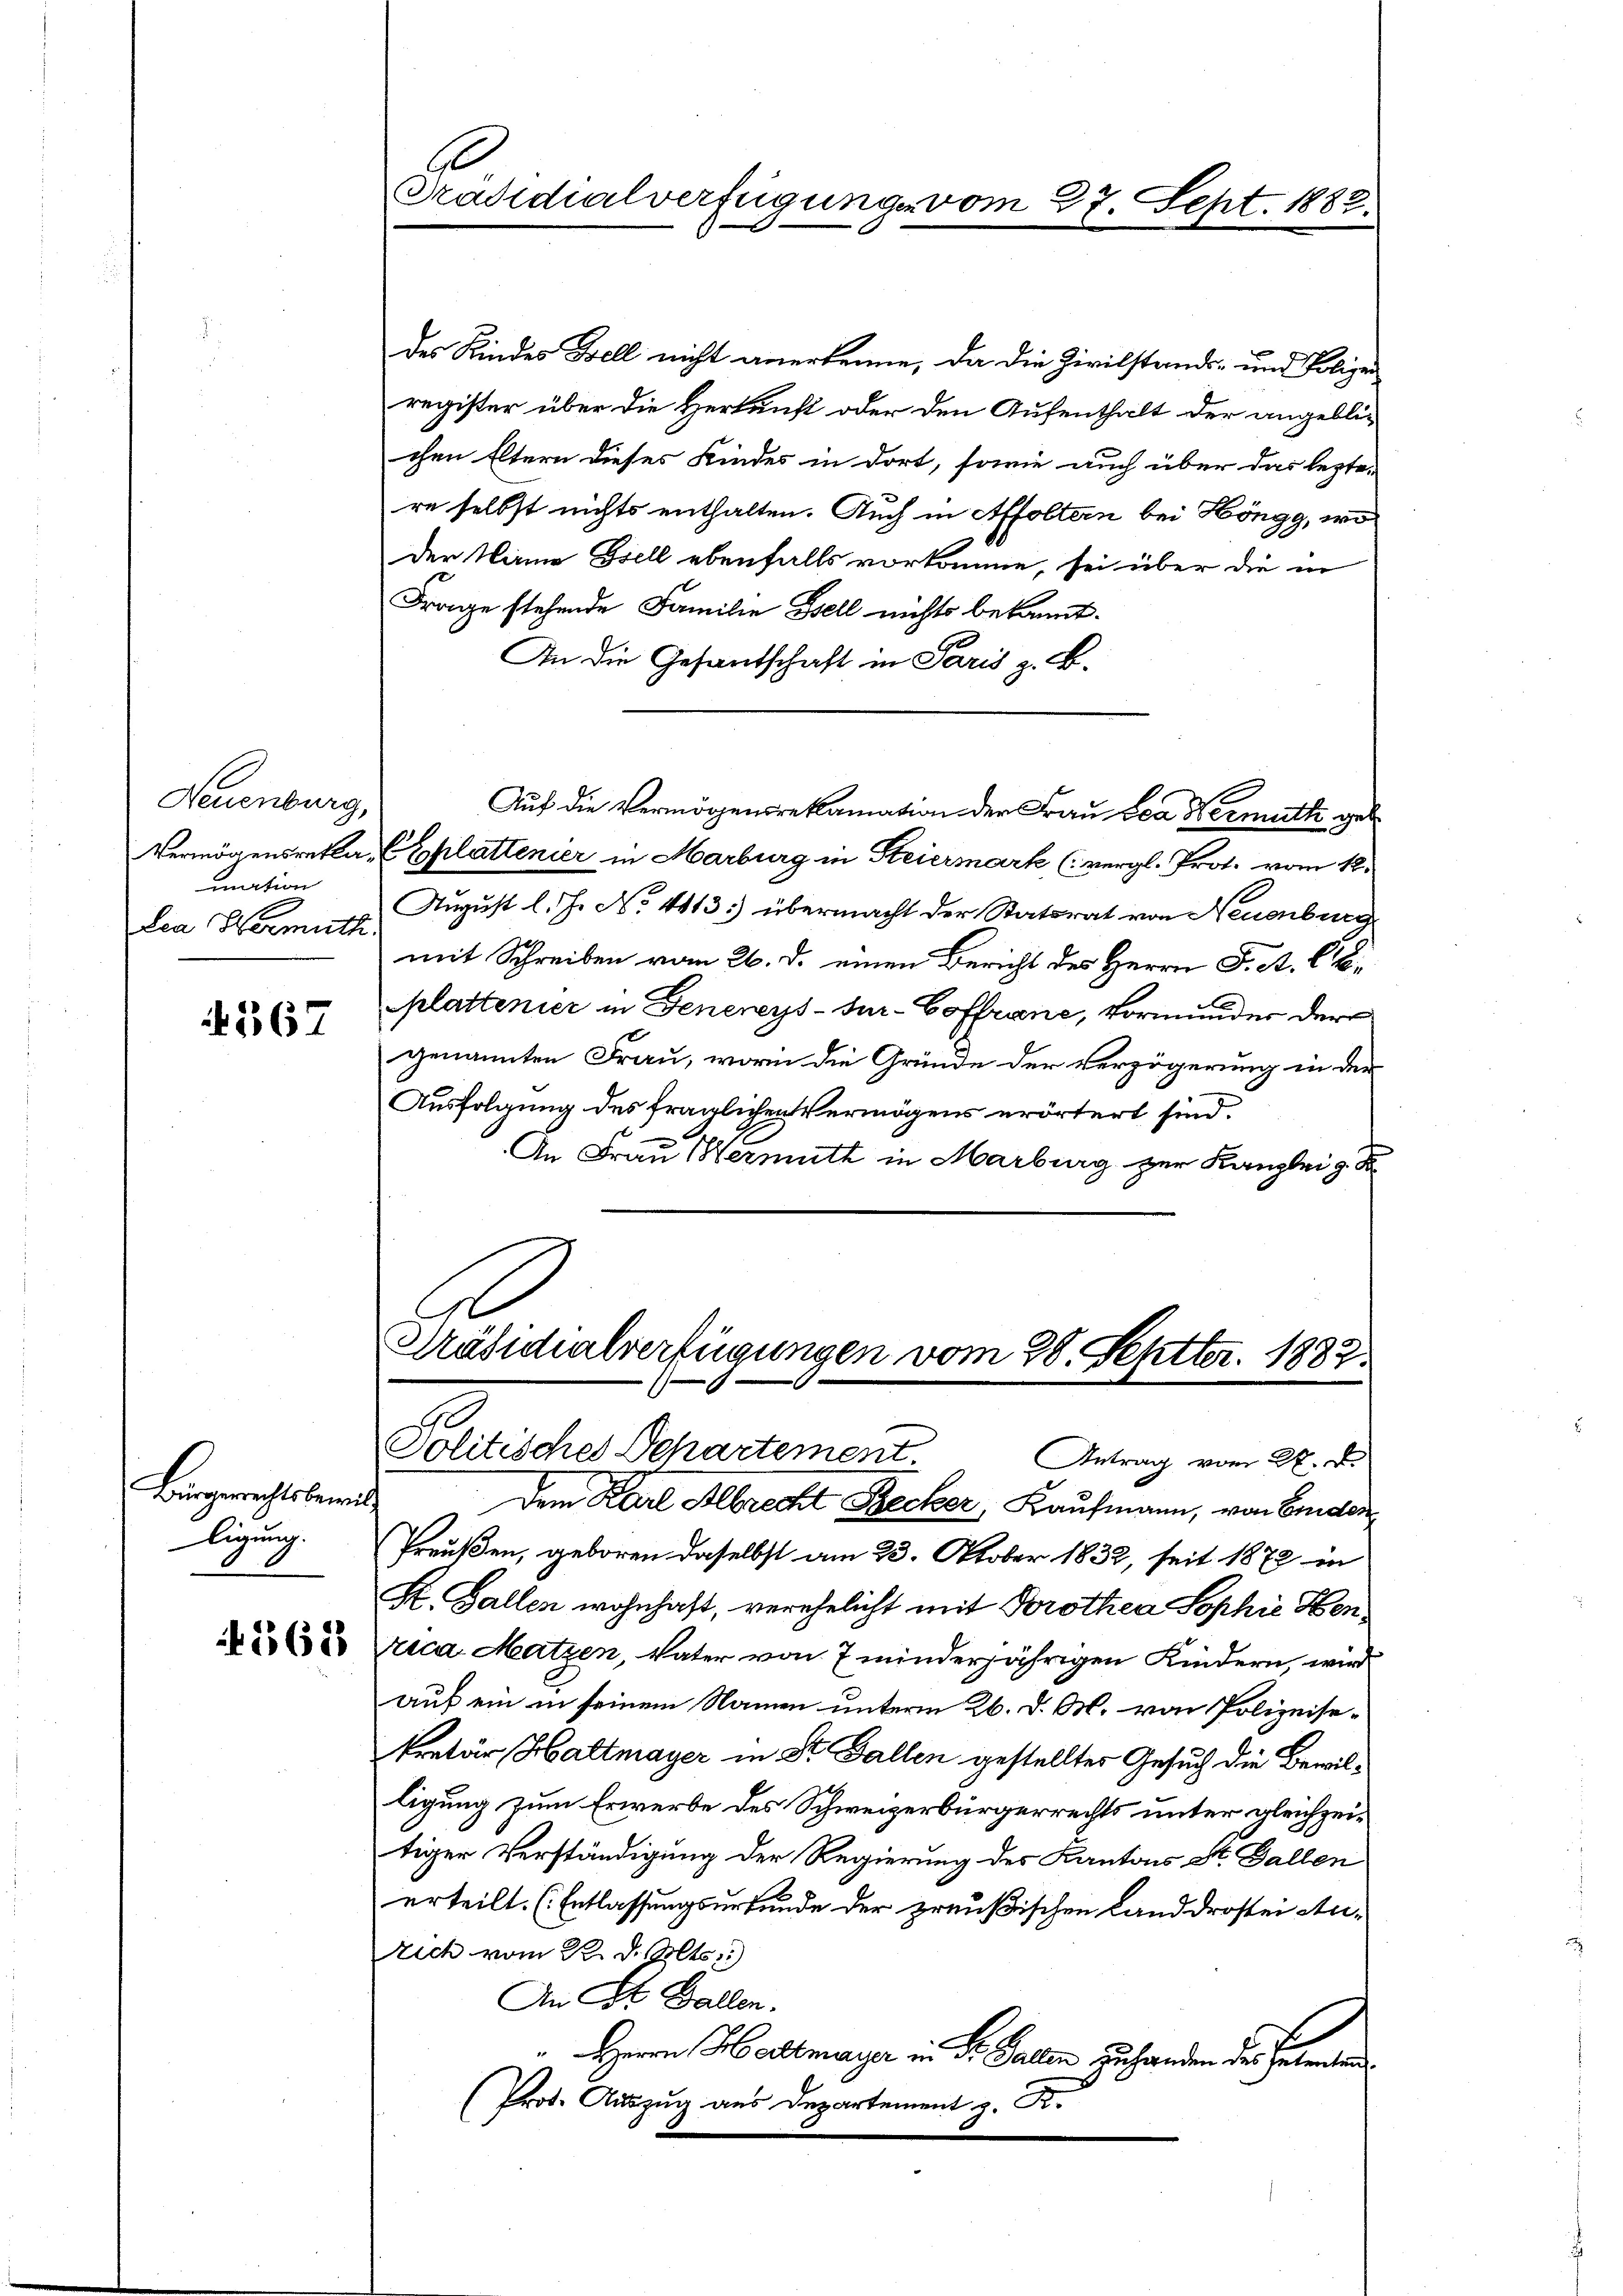
Neuenburg,
mation
Lea Hermuth.

4567

Bürgerrechtsbewill
ligung.

A 1562

Präsidialverfügung vom 27. Sept. 1882.

des Kindes Fell nicht anerkenne, da die Zivilstands- und Polizei
register über die Herkunft oder den Aufenthalt der angeblichen Eltern dieses Kindes in dort, sowie auch über das lezte-
re selbst nichts enthalten. Auch in Affoltern bei Höngg, wo
der Name Esell ebenfalls vorkomme, sei über die in
Frage stehende Familie Bell nichts bekannt.
An die Gesandschaft in Paris z. B.
Vermögensreka, (Eplattenier in Marburg in Steiermark (vergl. Prot. vom 12.
August l. J. No. 4413.) übermacht der Statsrat von Neuenburg
mit Schreiben vom 26. d. einen Bericht des Herrn F. A. CG.
plattenier in Genereys-Jur-Coffranc, Vormunder der
genannten Frau, worin die Gründe der Verzögerung in der
Ausfolgung des fraglichen Vermögens erörtert sind.
An Frau Hermuth in Marburg zur Kanzlei z. B
Präsidialverfügungen vom 28. Septbr. 1882.

Auf die Vermögensreklamation der Frau Lea Nermuth gel¬

Politisches Departement.
Antrag vom 27. d.

Dem Karl Albrecht Becker, Kaufmann, von Eiden
Preußen, geboren daselbst am 23. Oktober 1832, seit 1872 in
K. Gallen wohnhaft, verehelicht mit Prothea Sophie Henrica Matzen, Vater von 7 minderjährigen Kindern, wir
auf ein in seinem Namen unterm 26. d. M. von Polizeisekretär Haltmayer in St. Gallen gestelltes Gesuch die Bewilligung zum Erwerbe des Schweizerbürgerrechts unter gleichzeitiger Verständigung der Regierung des Kantons St. Gallen
erteilt. (Entlassungsurkunde der preußischen Landdrostei Au-
rich vom 22. d. Mts.
An St. Gallen.
 Herrn Hartmayer in der Gallen zu handen der Herren
Prot. Auszug aus Departement z. K.